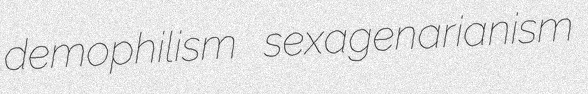
demophilism sexagenarianism